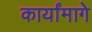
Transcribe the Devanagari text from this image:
कार्यांमागे